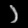
Digit: ၁